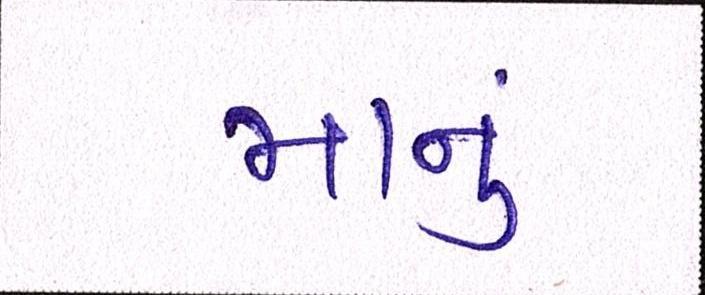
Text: માનું